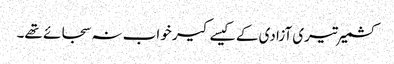
کشمیر تیری آزادی کے کیسے کیر خواب نہ سجائے تھے۔